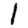
Digit: 1